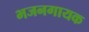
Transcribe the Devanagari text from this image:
भजनगायक